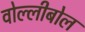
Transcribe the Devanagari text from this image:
वोल्लीबोल